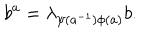
b ^ { a } = \lambda _ { \psi ( a ^ { - 1 } ) \phi ( a ) } b .